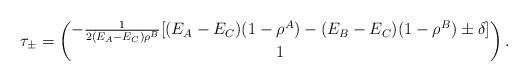
LaTeX: \begin{align*}\tau_{\pm}=\begin{pmatrix}-\frac{1}{2(E_{A}-E_{C})\rho^{B}}[(E_{A}-E_{C})(1-\rho^{A})-(E_{B}-E_{C})(1-\rho^{B})\pm\delta]\\1\end{pmatrix}.\end{align*}